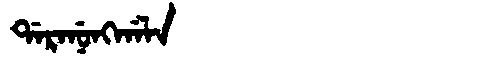
Manchu: ᡩᠠᡵᠠᠨᡠᠩᡤᠠᠯᠠ
Romanization: DARANUNGGALA